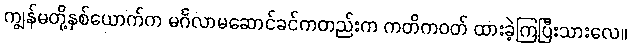
ကျွန်မတို့နှစ်ယောက်က မင်္ဂလာမဆောင်ခင်ကတည်းက ကတိကဝတ် ထားခဲ့ကြပြီးသားလေ။